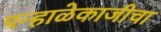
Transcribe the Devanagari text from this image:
पन्हाळेकाजीचा